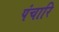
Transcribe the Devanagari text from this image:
पंचारि